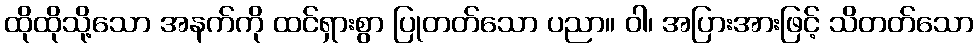
ထိုထိုသို့သော အနက်ကို ထင်ရှားစွာ ပြုတတ်သော ပညာ။ ဝါ၊ အပြားအားဖြင့် သိတတ်သော